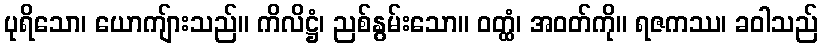
ပုရိသော၊ ယောကျ်ားသည်။ ကိလိဋ္ဌံ၊ ညစ်နွမ်းသော။ ဝတ္ထံ၊ အဝတ်ကို။ ရဇကဿ၊ ခဝါသည်